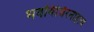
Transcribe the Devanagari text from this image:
भवविधिरनादृत्य